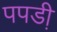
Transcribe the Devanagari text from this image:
पपडी़